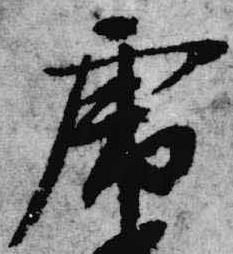
虎